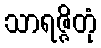
သာရဇ္ဇိတုံ